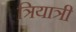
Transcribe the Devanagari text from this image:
त्रियात्री